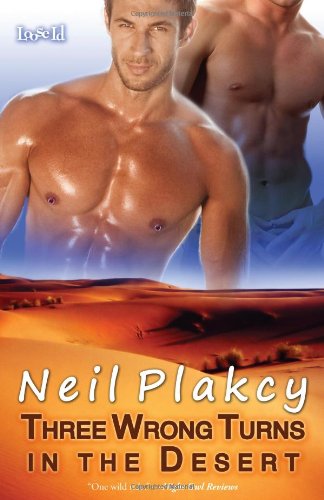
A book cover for Three Wrong Turns in the Desert; Neil Plakcy; Romance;